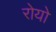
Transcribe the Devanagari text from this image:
रोयो